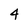
Character: 4